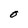
Character: O